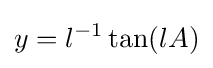
y=l^{-1}\tan(lA)